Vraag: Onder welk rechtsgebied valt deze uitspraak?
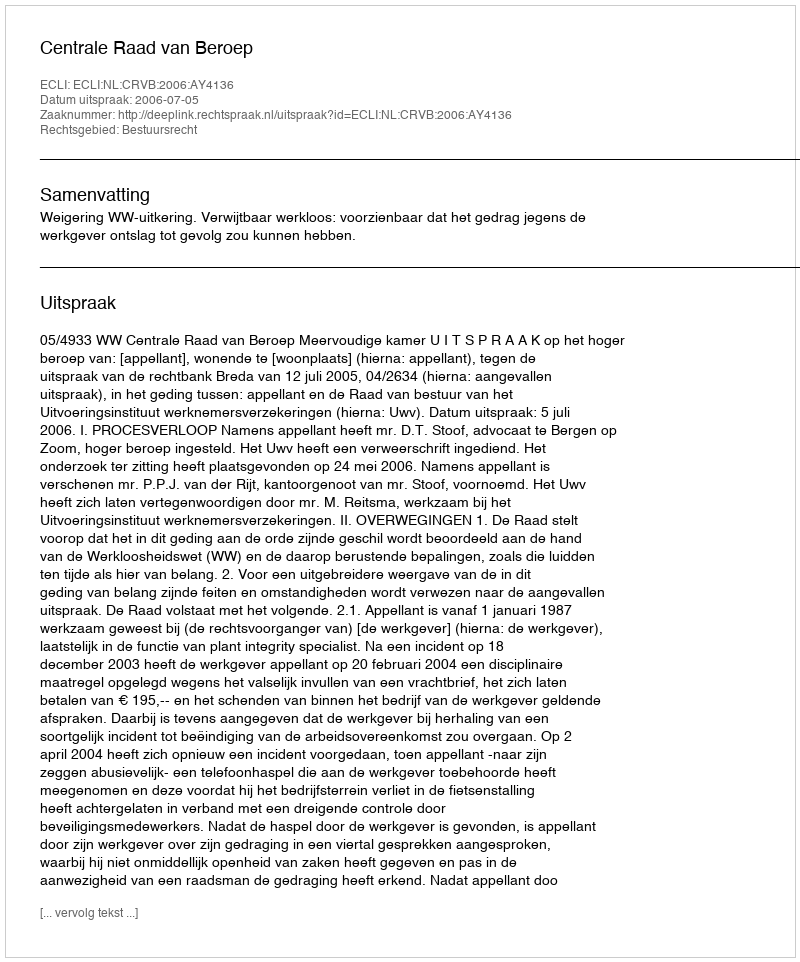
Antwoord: Bestuursrecht